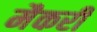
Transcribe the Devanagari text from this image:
मैकरी